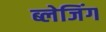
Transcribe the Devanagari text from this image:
ब्लेजिंग